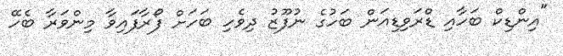
"އިންޑިކް ބަހާއި ޑްރަވިޑިއަން ބަހުގެ ނުފޫޒު ދިވެހި ބަހަށް ފޯރާފައިވާ މިންވަރާ ބެހޭ